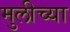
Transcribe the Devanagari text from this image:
मुलीच्‍या